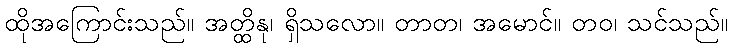
ထိုအကြောင်းသည်။ အတ္ထိနု၊ ရှိသလော။ တာတ၊ အမောင်။ တဝ၊ သင်သည်။